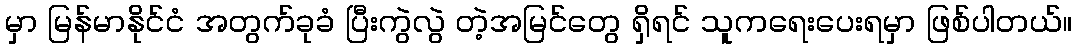
မှာ မြန်မာနိုင်ငံ အတွက်ခုခံ ပြီးကွဲလွဲ တဲ့အမြင်တွေ ရှိရင် သူကရေးပေးရမှာ ဖြစ်ပါတယ်။